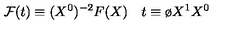
{ \cal F } ( t ) \equiv ( X ^ { 0 } ) ^ { - 2 } F ( X ) \quad t \equiv { \o { X ^ { 1 } } { X ^ { 0 } } }